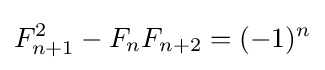
F_{n+1}^{2}-F_{n}F_{n+2}=(-1)^{n}